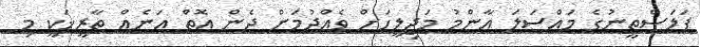
ފަލަސްތީނުގެ މައްސަލަ އާންމު މަޖިލީހަށް ވެއްދުމަށް ދެން އޮތް އަނެއް ތާރީޚަކީ މި